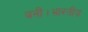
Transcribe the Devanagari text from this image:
बनीं।भारतीय